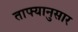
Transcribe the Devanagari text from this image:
ताफ्यानुसार